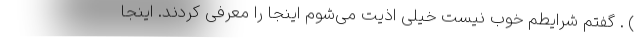
) . گفتم شرایطم خوب نیست خیلی اذیت می‌شوم اینجا را معرفی کردند. اینجا